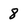
Character: 8